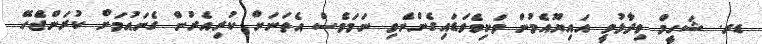
ޑރ. ޝަހީމް ވިދާޅުވީ އައިޔޫއެމުން ވަކިވެވަޑައިގެންނެވި ނަމަވެސް އެތަނަށް ކުރިއެރުން ގެނައުމަށް ކުރަންޖެހޭ